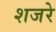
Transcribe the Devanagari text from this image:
शजरे